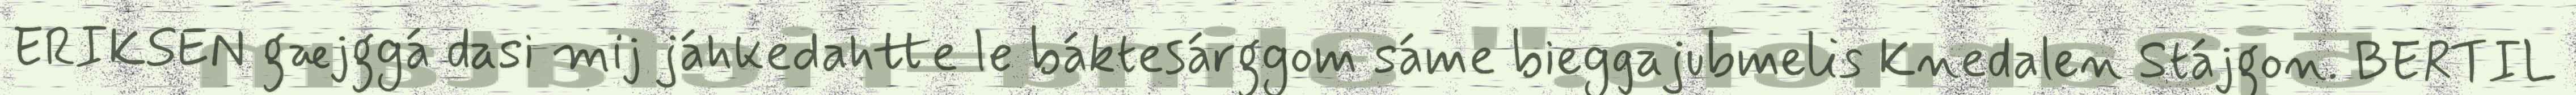
ERIKSEN gæjggá dasi mij jáhkedahtte le báktesárggom sáme bieggajubmelis Knedalen Stájgon. BERTIL